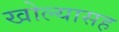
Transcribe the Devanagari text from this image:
खोल्यासह